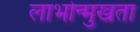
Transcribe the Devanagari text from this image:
लाभोन्मुखता